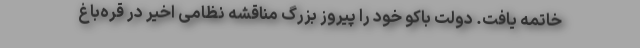
خاتمه یافت. دولت باکو خود را پیروز بزرگ مناقشه نظامی اخیر در قره‌باغ